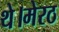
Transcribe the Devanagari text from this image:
थे।मेरठ